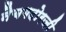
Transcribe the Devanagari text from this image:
नैचगदोरजी